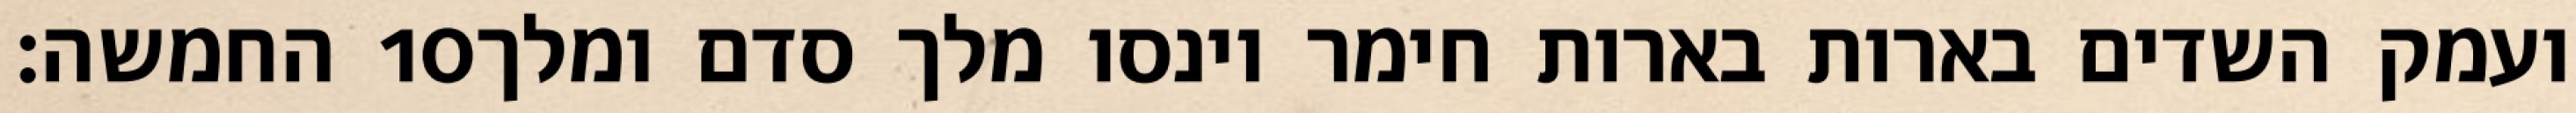
החמשה׃ ‎10‏ ועמק השדים בארות בארות חימר וינסו מלך סדם ומלך